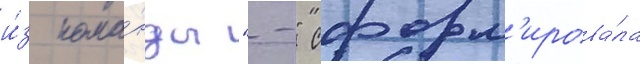
и́з кома́нды "-" сформ'ирова́ла